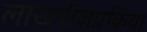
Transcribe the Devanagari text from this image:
लाखबीजप्रक्रिया